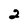
Character: 2